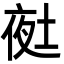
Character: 𭎲